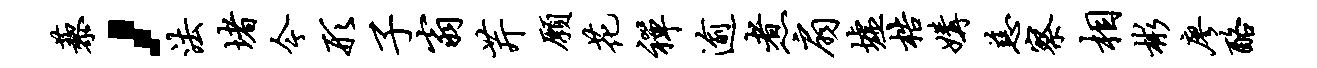
藜，法堵今形子翁芹愿花禅逾煮扇墟梏媾慈察相彬廖酪